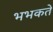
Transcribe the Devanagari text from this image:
भभकते